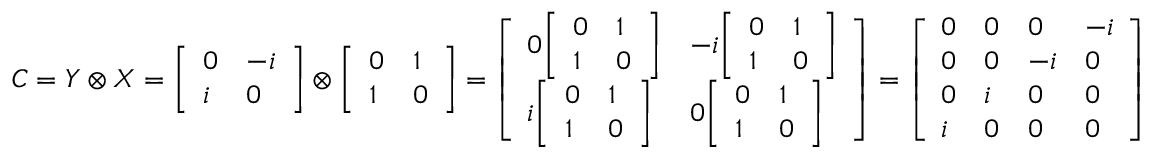
C = Y \otimes X = { \left[ \begin{array} { l l } { 0 } & { - i } \\ { i } & { 0 } \end{array} \right] } \otimes { \left[ \begin{array} { l l } { 0 } & { 1 } \\ { 1 } & { 0 } \end{array} \right] } = { \left[ \begin{array} { l l } { 0 { \left[ \begin{array} { l l } { 0 } & { 1 } \\ { 1 } & { 0 } \end{array} \right] } } & { - i { \left[ \begin{array} { l l } { 0 } & { 1 } \\ { 1 } & { 0 } \end{array} \right] } } \\ { i { \left[ \begin{array} { l l } { 0 } & { 1 } \\ { 1 } & { 0 } \end{array} \right] } } & { 0 { \left[ \begin{array} { l l } { 0 } & { 1 } \\ { 1 } & { 0 } \end{array} \right] } } \end{array} \right] } = { \left[ \begin{array} { l l l l } { 0 } & { 0 } & { 0 } & { - i } \\ { 0 } & { 0 } & { - i } & { 0 } \\ { 0 } & { i } & { 0 } & { 0 } \\ { i } & { 0 } & { 0 } & { 0 } \end{array} \right] }